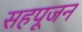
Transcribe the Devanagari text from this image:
सहपूजन